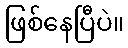
ဖြစ်နေပြီပဲ။